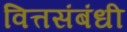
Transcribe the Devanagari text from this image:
वित्तसंबंधी